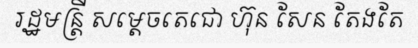
រដ្ឋមន្ត្រី សម្តេចតេជោ ហ៊ុន សែន តែងតែ